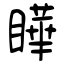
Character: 瞱